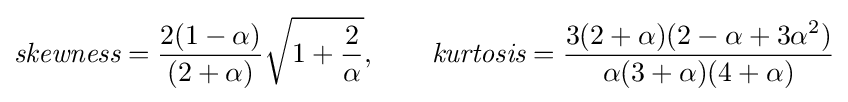
{\textit {skewness}}={\frac {2(1-\alpha )}{(2+\alpha )}}{\sqrt {1+{\frac {2}{\alpha }}}},\qquad {\textit {kurtosis}}={\frac {3(2+\alpha )(2-\alpha +3\alpha ^{2})}{\alpha (3+\alpha )(4+\alpha )}}